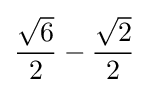
{\frac {\sqrt {6}}{2}}-{\frac {\sqrt {2}}{2}}